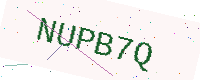
Text: NUPB7Q